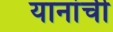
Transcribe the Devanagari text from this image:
यानांची